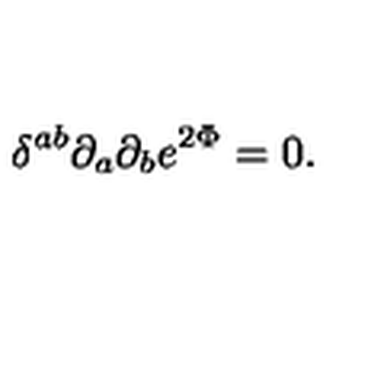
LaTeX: \delta ^ { a b } \partial _ { a } \partial _ { b } e ^ { 2 \Phi } = 0 .